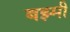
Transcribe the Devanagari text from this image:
बझ्मी